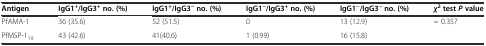
<table><thead><tr><td><b>Antigen</b></td><td><b>IgG1<sup>+</sup>/IgG3<sup>+</sup>no. (%)</b></td><td><b>IgG1<sup>+</sup>/IgG3<sup>−</sup>no. (%)</b></td><td><b>IgG1<sup>−</sup>/IgG3<sup>+</sup>no. (%)</b></td><td><b>IgG1<sup>−</sup>/IgG3<sup>−</sup>no. (%)</b></td><td><b><i>χ</i><sup>2</sup>test<i>P</i>value</b></td></tr></thead><tbody><tr><td>PfAMA-1</td><td>36 (35.6)</td><td>52 (51.5)</td><td>0</td><td>13 (12.9)</td><td rowspan="2">= 0.357</td></tr><tr><td>PfMSP-1<sub>19</sub></td><td>43 (42.6)</td><td>41(40.6)</td><td>1 (0.99)</td><td>16 (15.8)</td></tr></tbody></table>